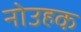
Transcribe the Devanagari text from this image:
नोउहक